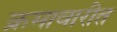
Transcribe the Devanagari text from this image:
क्रमावारीत